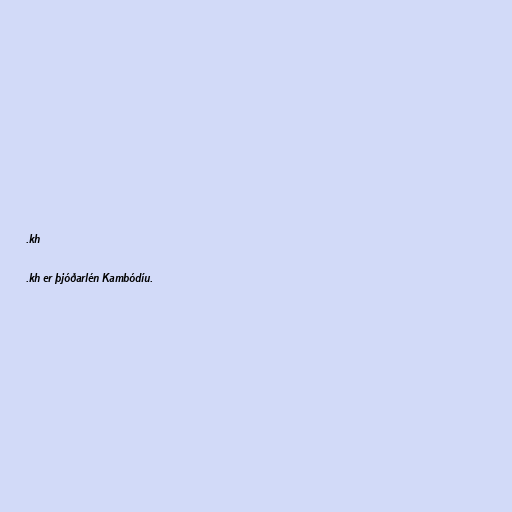
.kh

.kh er þjóðarlén Kambódíu.